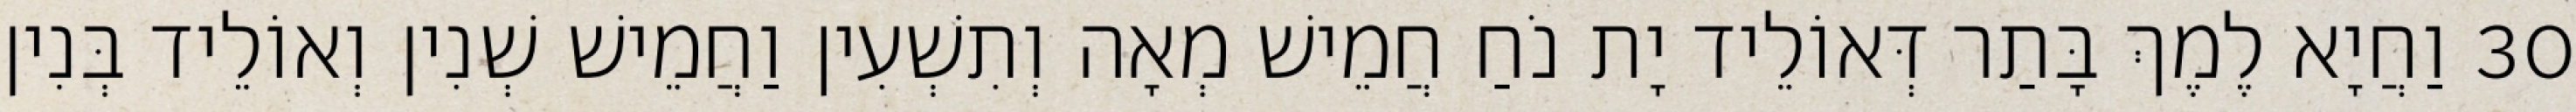
30 וַחֲיָא לֶמֶךְ בָּתַר דְּאוֹלֵיד יָת נֹחַ חֲמֵישׁ מְאָה וְתִשְׁעִין וַחֲמֵישׁ שְׁנִין וְאוֹלֵיד בְּנִין